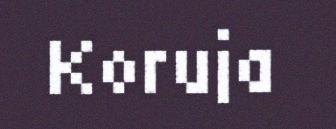
Koruja